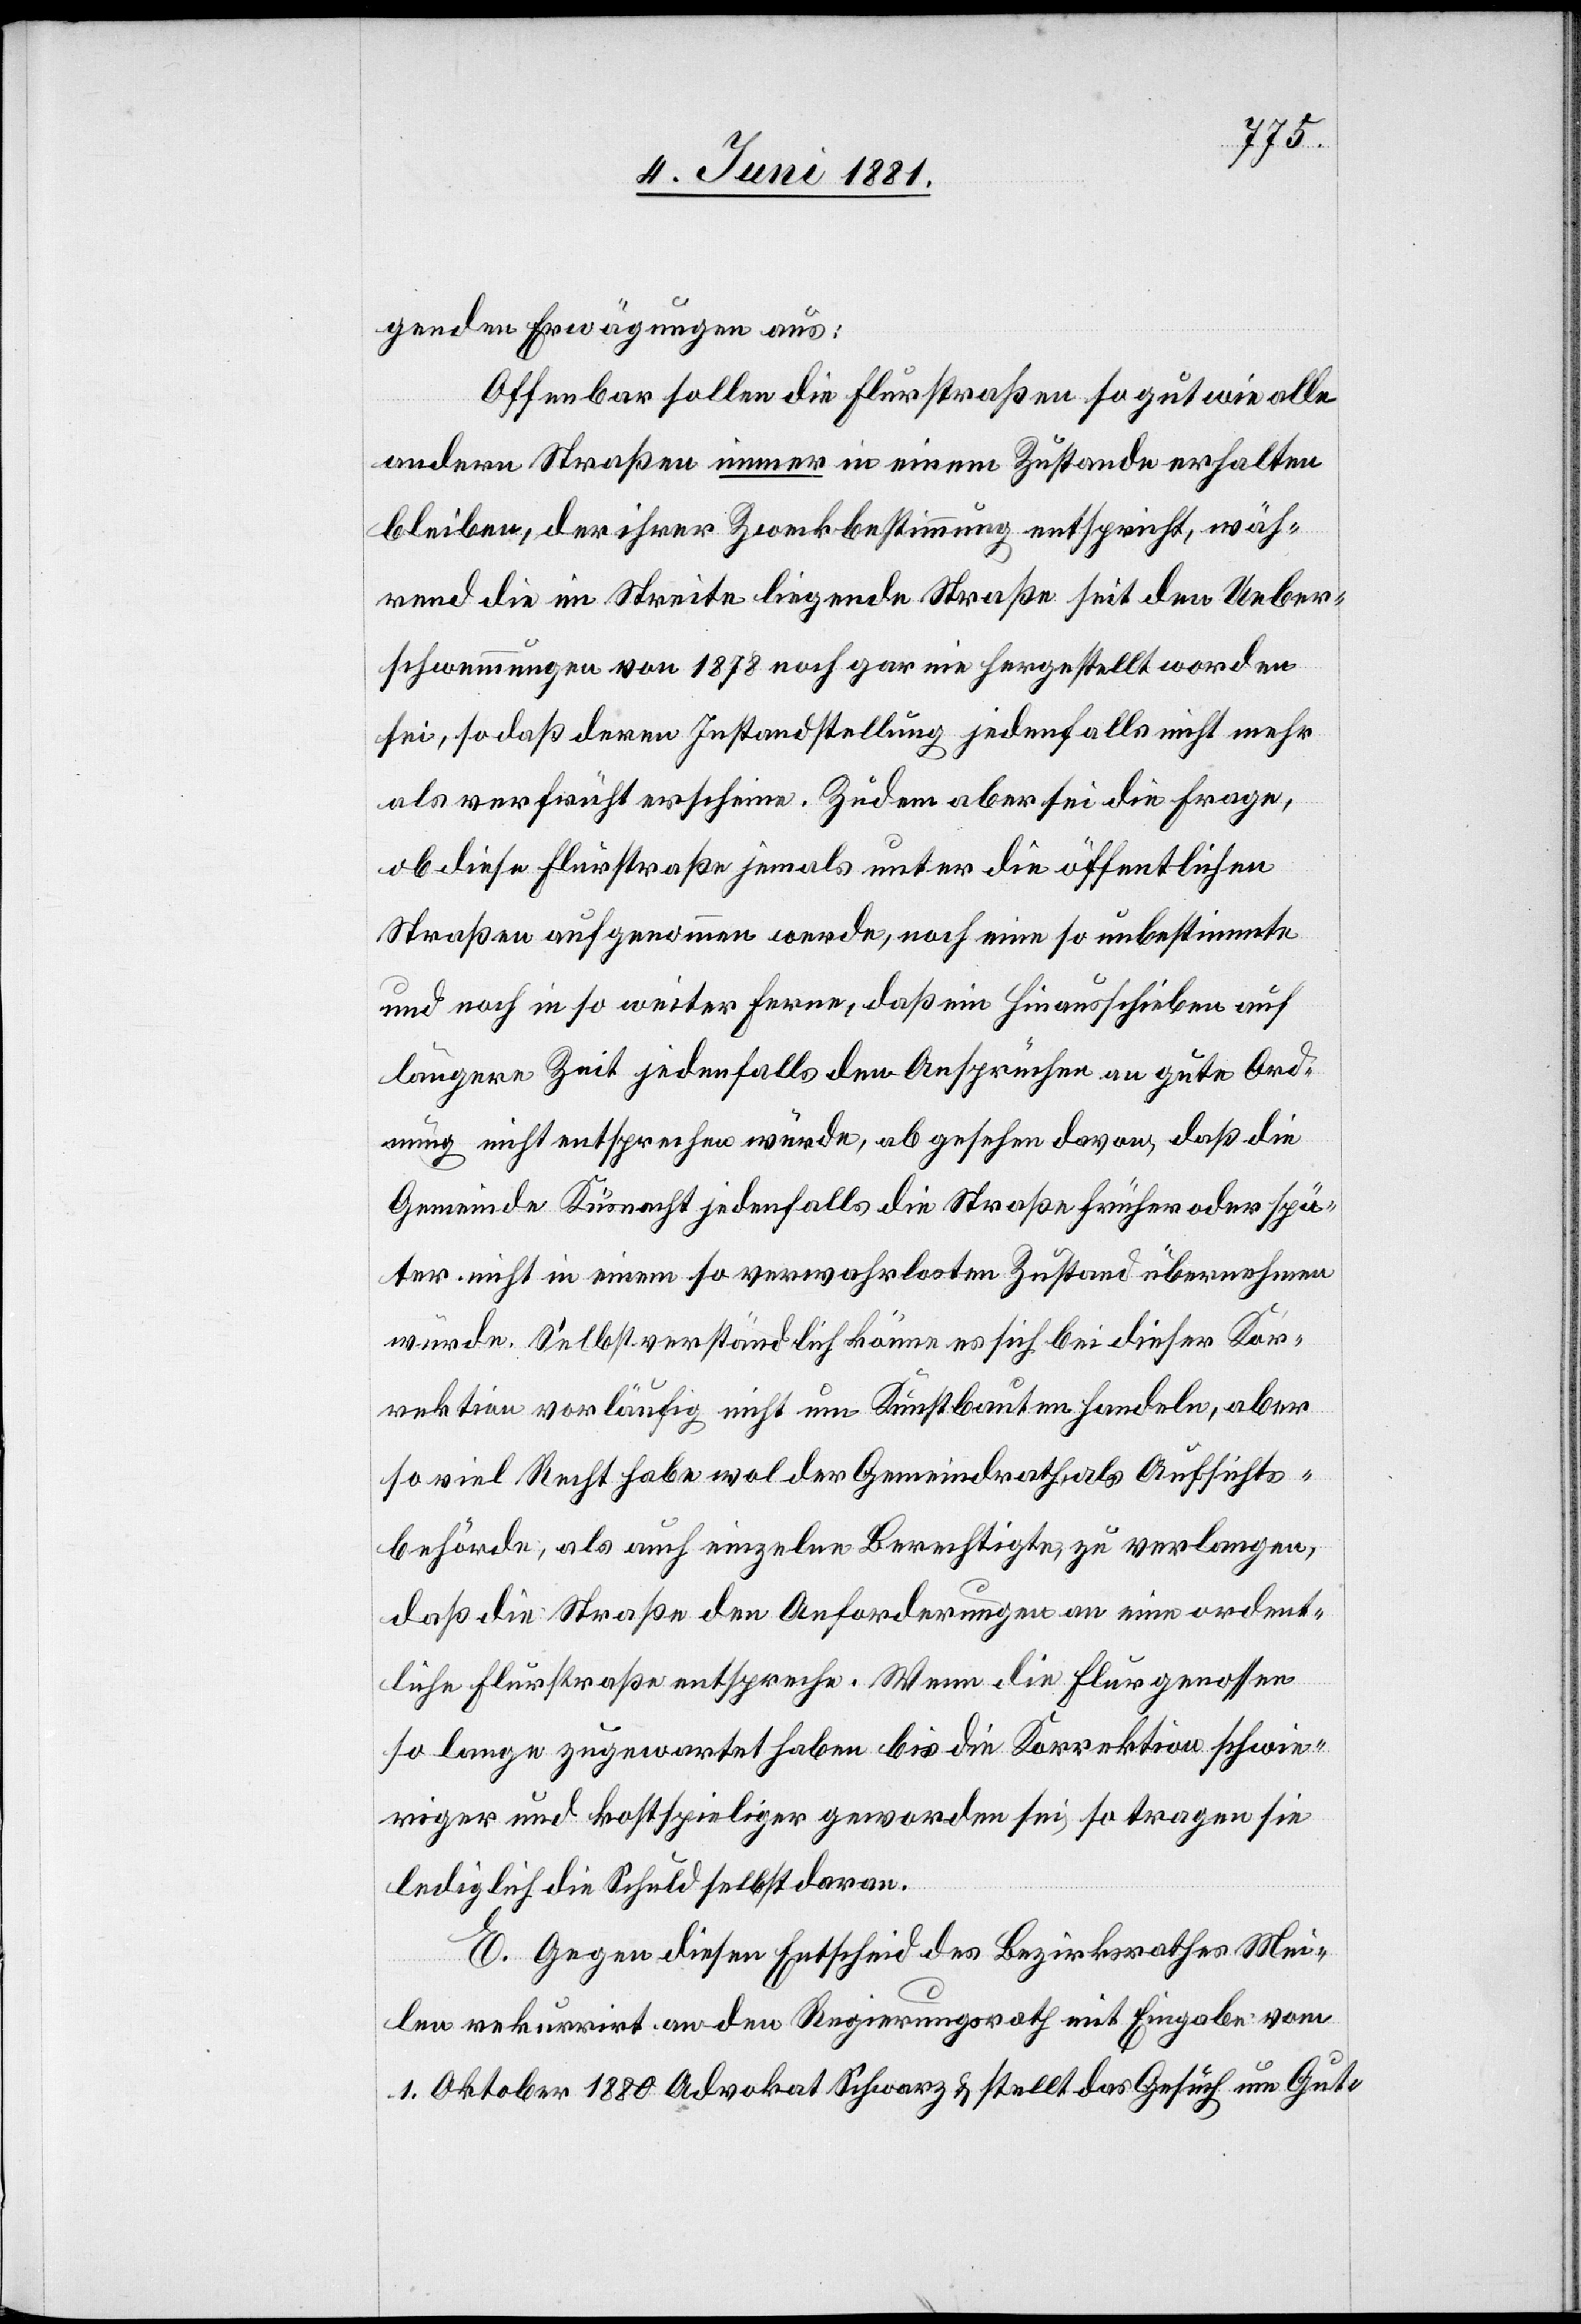
genden Erwägungen aus:
Offenbar sollen die Flurstraßen so gut wie alle
andern Straßen immer in einem Zustande erhalten
bleiben, der ihrer Zweckbestimmung entspricht, wäh¬
rend die im Streite liegende Straße seit den Ueber¬
schwemmungen von 1878 noch gar nie hergestellt worden
sei, sodaß deren Instandstellung jedenfalls nicht mehr
als verfrüht erscheine. Zudem aber sei die Frage,
ob diese Flurstraße jemals unter die öffentlichen
Straßen aufgenommen werde, noch eine so unbestimmte
und noch in so weiter Ferne, daß ein Hinausschieben auf
längere Zeit jedenfalls den Ansprüchen an gute Ord¬
nung nicht entsprechen würde, abgesehen davon, daß die
Gemeinde Küsnacht jedenfalls die Straße früher oder spä¬
ter nicht in einem so verwahrlosten Zustand übernehmen
würde. Selbstverständlich könne es sich bei dieser Kor¬
rektion vorläufig nicht um Kunstbauten handeln, aber
so viel Recht habe wol der Gemeindrath als Aufsichts¬
behörde, als auch einzelne Berechtigte, zu verlangen,
daß die Straße den Anforderungen an eine ordent¬
liche Flurstraße entspreche. Wenn die Flurgenossen
so lange zugewartet haben bis die Korrektion schwie¬
riger und kostspieliger geworden sei, so tragen sie
lediglich die Schuld selbst daran.
E. Gegen diesen Entscheid des Bezirksrathes Mei¬
len rekurrirt an den Regierungsrath mit Eingabe vom
1. Oktober 1880 Advokat Schwarz & stellt das Gesuch um Gut-